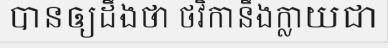
បានឲ្យដឹងថា ថវិកានឹងក្លាយជា